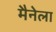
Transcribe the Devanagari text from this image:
मैनेला